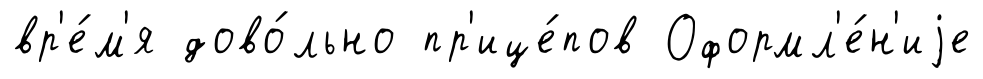
вр'е́м'я дово́льно пр'ице́пов Оформл'е́н'иjе